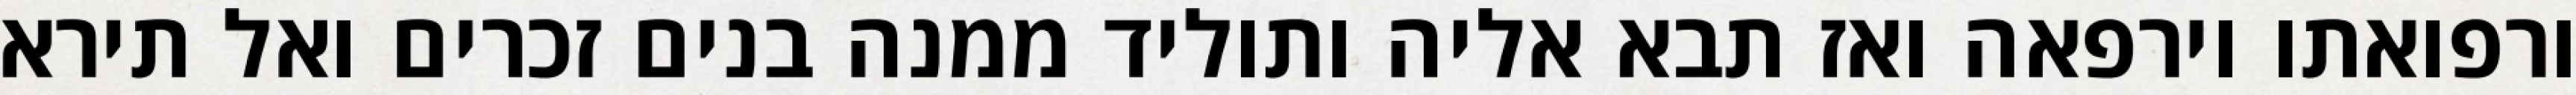
ורפואתו וירפאה ואז תבא אליה ותוליד ממנה בנים זכרים ואל תירא